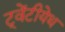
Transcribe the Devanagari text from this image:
ट्वेंटीयेथ